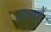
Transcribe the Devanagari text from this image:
हवाऐं